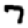
Digit: 7